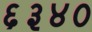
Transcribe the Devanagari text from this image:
६३४०